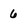
Character: 6